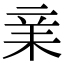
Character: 𣐽